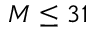
M \leq 3 1